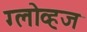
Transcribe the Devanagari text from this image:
ग्लोव्हज